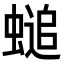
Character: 𧏴